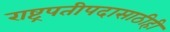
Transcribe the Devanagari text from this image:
राष्ट्रपतीपदासाठीही